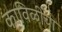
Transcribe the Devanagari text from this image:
काविळीचा